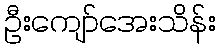
ဦးကျော်အေးသိန်း